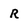
Character: R